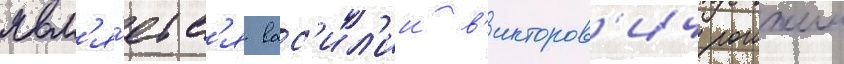
явл'я́етс'я вас'ил'ии в'икторов'ич рогожин